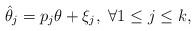
LaTeX: \begin{align*}\hat{\theta}_{j}=p_{j}\theta+\xi_{j},\ \forall 1\leq j\leq k, \end{align*}